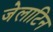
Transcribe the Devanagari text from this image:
जेलाटिन